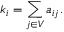
k _ { i } = \sum _ { j \in V } a _ { i j } .